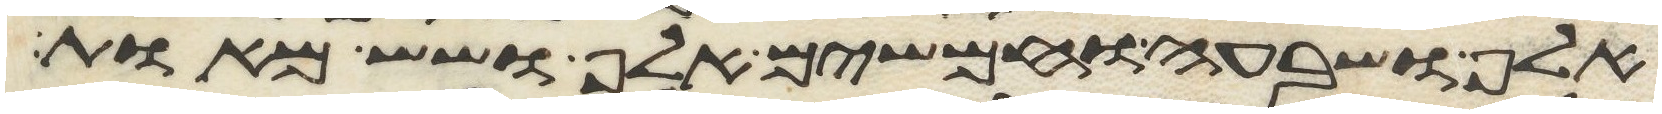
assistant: אלף ושבעה וחמשים אלף ושש מאות